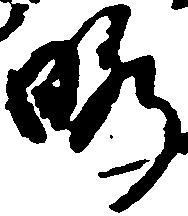
暇